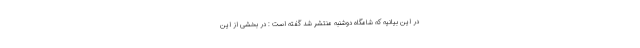
در این بیانیه که شامگاه دوشنبه منتشر شد گفته است : در بخشی از این